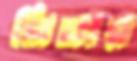
নিনার